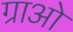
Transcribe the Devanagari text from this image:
ग्राओ